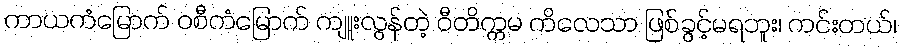
ကာယကံမြောက် ဝစီကံမြောက် ကျူးလွန်တဲ့ ဝီတိက္ကမ ကိလေသာ ဖြစ်ခွင့်မရဘူး၊ ကင်းတယ်၊